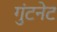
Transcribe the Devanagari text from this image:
गुंटनेट